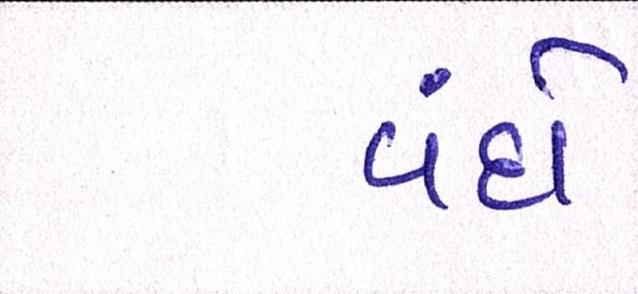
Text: વંદો